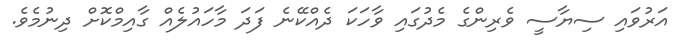
އަރުވައި ސިޔާސީ ވެރިންގެ މެދުގައި ވާހަކަ ދެއްކޭނެ ފަދަ މާހައުލެއް ގާއިމްކޮށް ދިނުމެވެ.